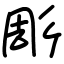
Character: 彫